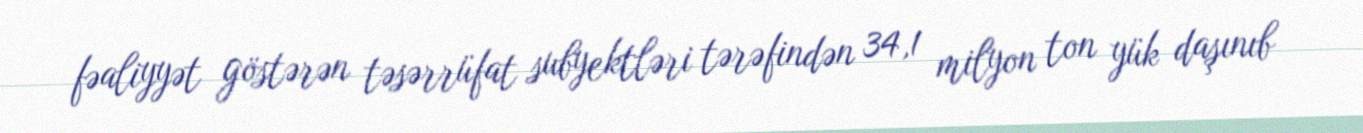
fəaliyyət göstərən təsərrüfat subyektləri tərəfindən 34,1 milyon ton yük daşınıb